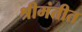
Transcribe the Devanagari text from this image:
श्रीमंतीत